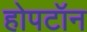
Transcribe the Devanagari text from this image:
होपटॉन